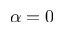
\alpha = 0